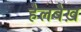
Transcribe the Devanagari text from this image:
हैलबैख़